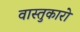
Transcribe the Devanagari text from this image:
वास्तुकारो